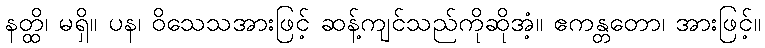
နတ္ထိ၊ မရှိ။ ပန၊ ဝိသေသအားဖြင့် ဆန့်ကျင်သည်ကိုဆိုအံ့။ ဧကန္တတော၊ အားဖြင့်။